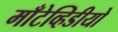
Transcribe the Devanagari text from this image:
माँटेव्हिडीयो